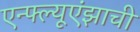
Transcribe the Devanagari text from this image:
एन्फ्ल्यूएंझाची